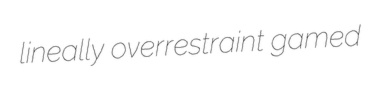
lineally overrestraint gamed